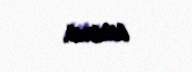
bildirib.